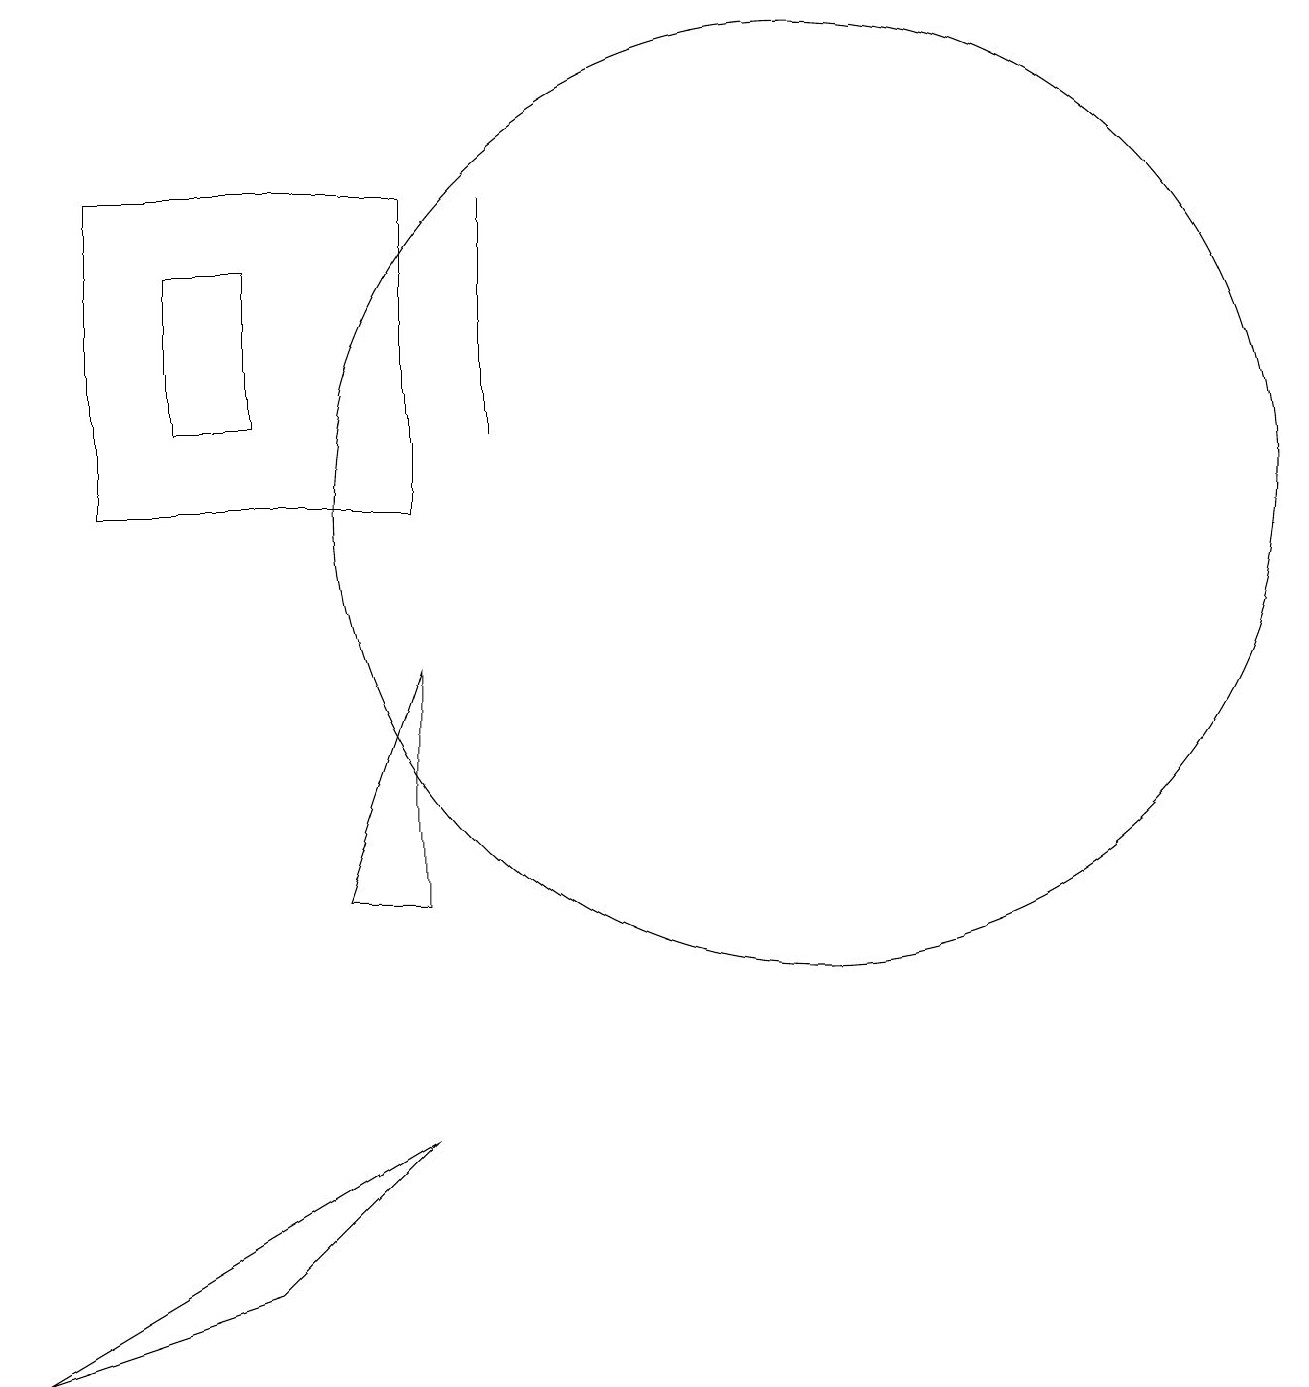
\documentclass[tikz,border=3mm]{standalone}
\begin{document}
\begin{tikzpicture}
\draw (6,12) rectangle (6,15);
\draw (10,11) circle (6);
\draw (0,0) -- (5,3) -- (3,1) -- cycle;
\draw (5,6) -- (4,6) -- (5,9) -- cycle;
\draw (3,12) rectangle (2,14);
\draw (5,11) rectangle (1,15);
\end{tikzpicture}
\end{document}